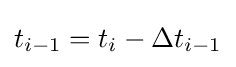
t_{i-1}=t_{i}-\Delta t_{i-1}